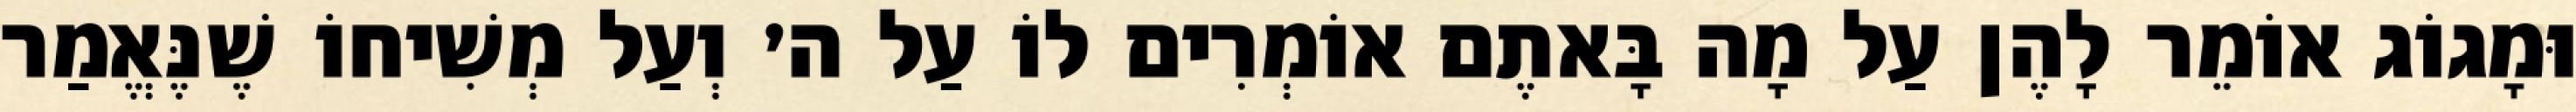
וּמָגוֹג אוֹמֵר לָהֶן עַל מָה בָּאתֶם אוֹמְרִים לוֹ עַל ה׳ וְעַל מְשִׁיחוֹ שֶׁנֶּאֱמַר